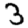
Digit: 3